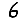
Digit: 6